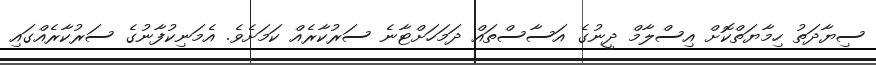
ސިޔާދަތު ހިމާޔަތްކޮށް އިސްލާމް ދީނުގެ އަސާސްތައް ދަމަހަށްޓާނެ ސަރުކާރެއް ކަމަށެވެ. އެމަނިކުފާނުގެ ސަރުކާރެއްގައި